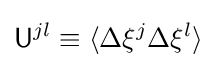
{\mathsf {U}}^{jl}\equiv \langle \Delta \xi ^{j}\Delta \xi ^{l}\rangle